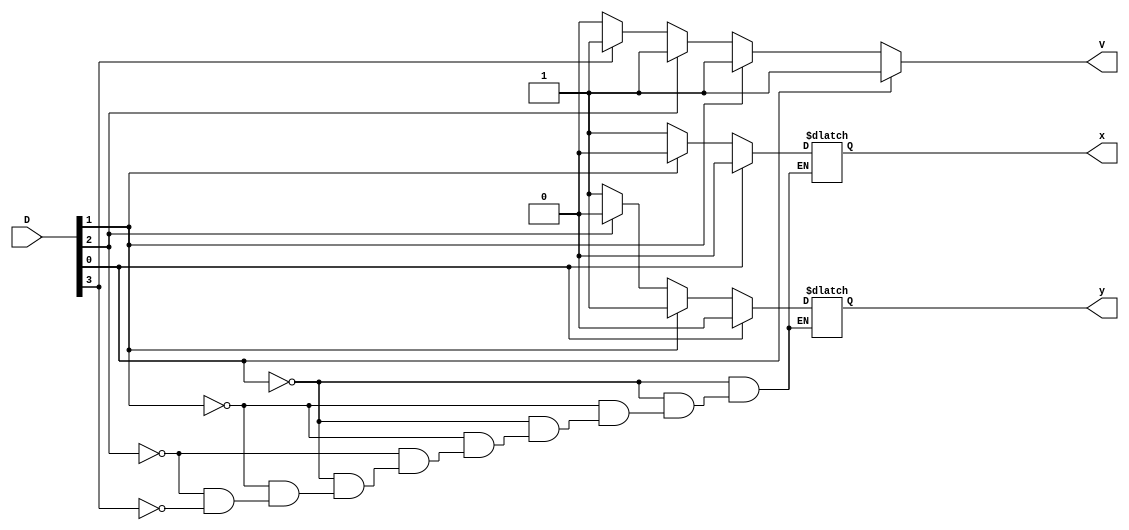
module q4_57 (D, x, y, V);

	input [3:0] D;
	output reg x, y, V;

	always @ (D) begin
		if(D[0]) begin
			x = 1'b0;
			y = 1'b0;
			V = 1'b1;
		end
		else if (D[1]) begin
			x = 1'b0;
			y = 1'b1;
			V = 1'b1;
		end
		else if (D[2]) begin
			x = 1'b1;
			y = 1'b0;
			V = 1'b1;
		end
		else if (D[3]) begin
			x = 1'b1;
			y = 1'b1;
			V = 1'b1;
		end
		else begin
			V = 1'b0;
		end
	end
endmodule